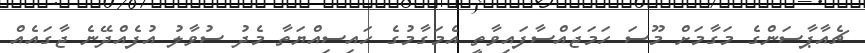
ޗެއާޕާސަންގެ މަގާމަށް މޫސަ ހަމަޖައްސާފައިވާތީ އެމަގާމުގެ ހައިސިއްޔަތާ މެދު ސުވާލު އުފެއްދޭނެ ޖާގައެއް